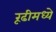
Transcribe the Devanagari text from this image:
रूढीमध्ये